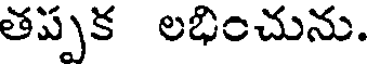
తప్పక లభించును.